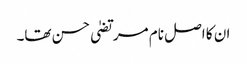
ان کا اصل نام مرتضیٰ حسن تھا۔